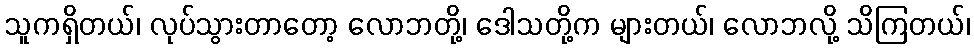
သူကရှိတယ်၊ လုပ်သွားတာတော့ လောဘတို့၊ ဒေါသတို့က များတယ်၊ လောဘလို့ သိကြတယ်၊